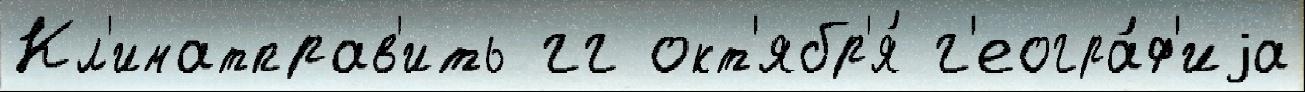
Кл'иматправ'ить гг окт'ябр'я́ г'еогра́ф'иjа